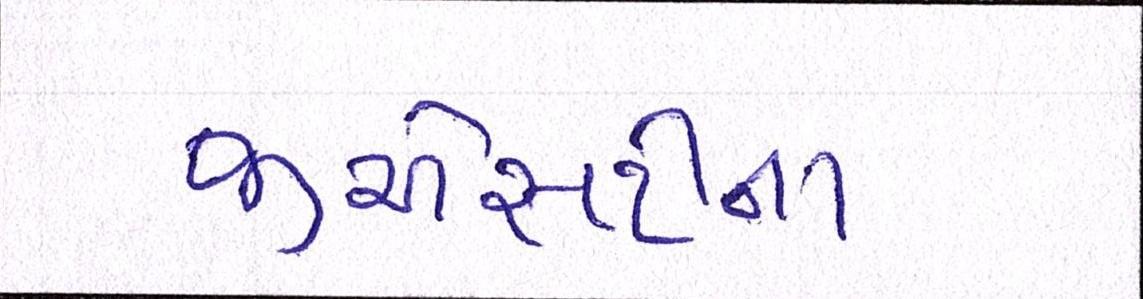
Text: જીએસટીના